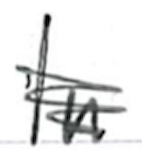
Text: In
Cross-out: scratch
Writing tool: ballpoint